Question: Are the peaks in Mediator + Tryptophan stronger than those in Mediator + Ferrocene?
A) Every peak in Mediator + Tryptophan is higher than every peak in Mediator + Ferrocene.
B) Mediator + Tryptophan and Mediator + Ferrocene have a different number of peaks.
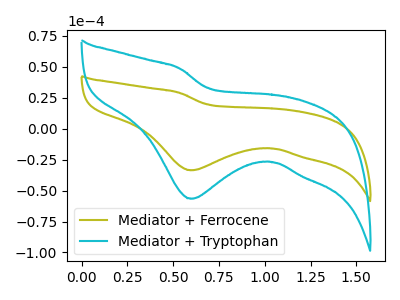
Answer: <think>The olive curve "Mediator + Ferrocene" has a cathodic peak at: (0.60V, -33.65uA). The cyan curve "Mediator + Tryptophan" has a cathodic peak at: (0.60V, -56.65uA).</think>
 <answer>A) Every peak in "Mediator + Tryptophan" is higher than every peak in "Mediator + Ferrocene".</answer>
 <eval>A</eval>